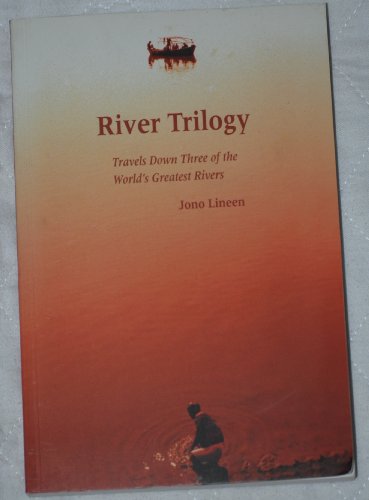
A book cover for River Trilogy: Travels Down Three of the World's Greatest Rivers; Jono Lineen; Travel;